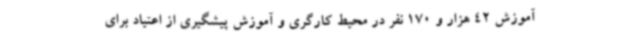
آموزش 42 هزار و 170 نفر در محیط کارگری و آموزش پیشگیری از اعتیاد برای